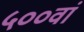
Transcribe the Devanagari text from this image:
५००वां